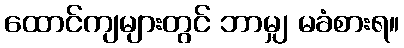
ထောင်ကျများတွင် ဘာမျှ မခံစားရ။